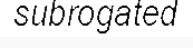
subrogated